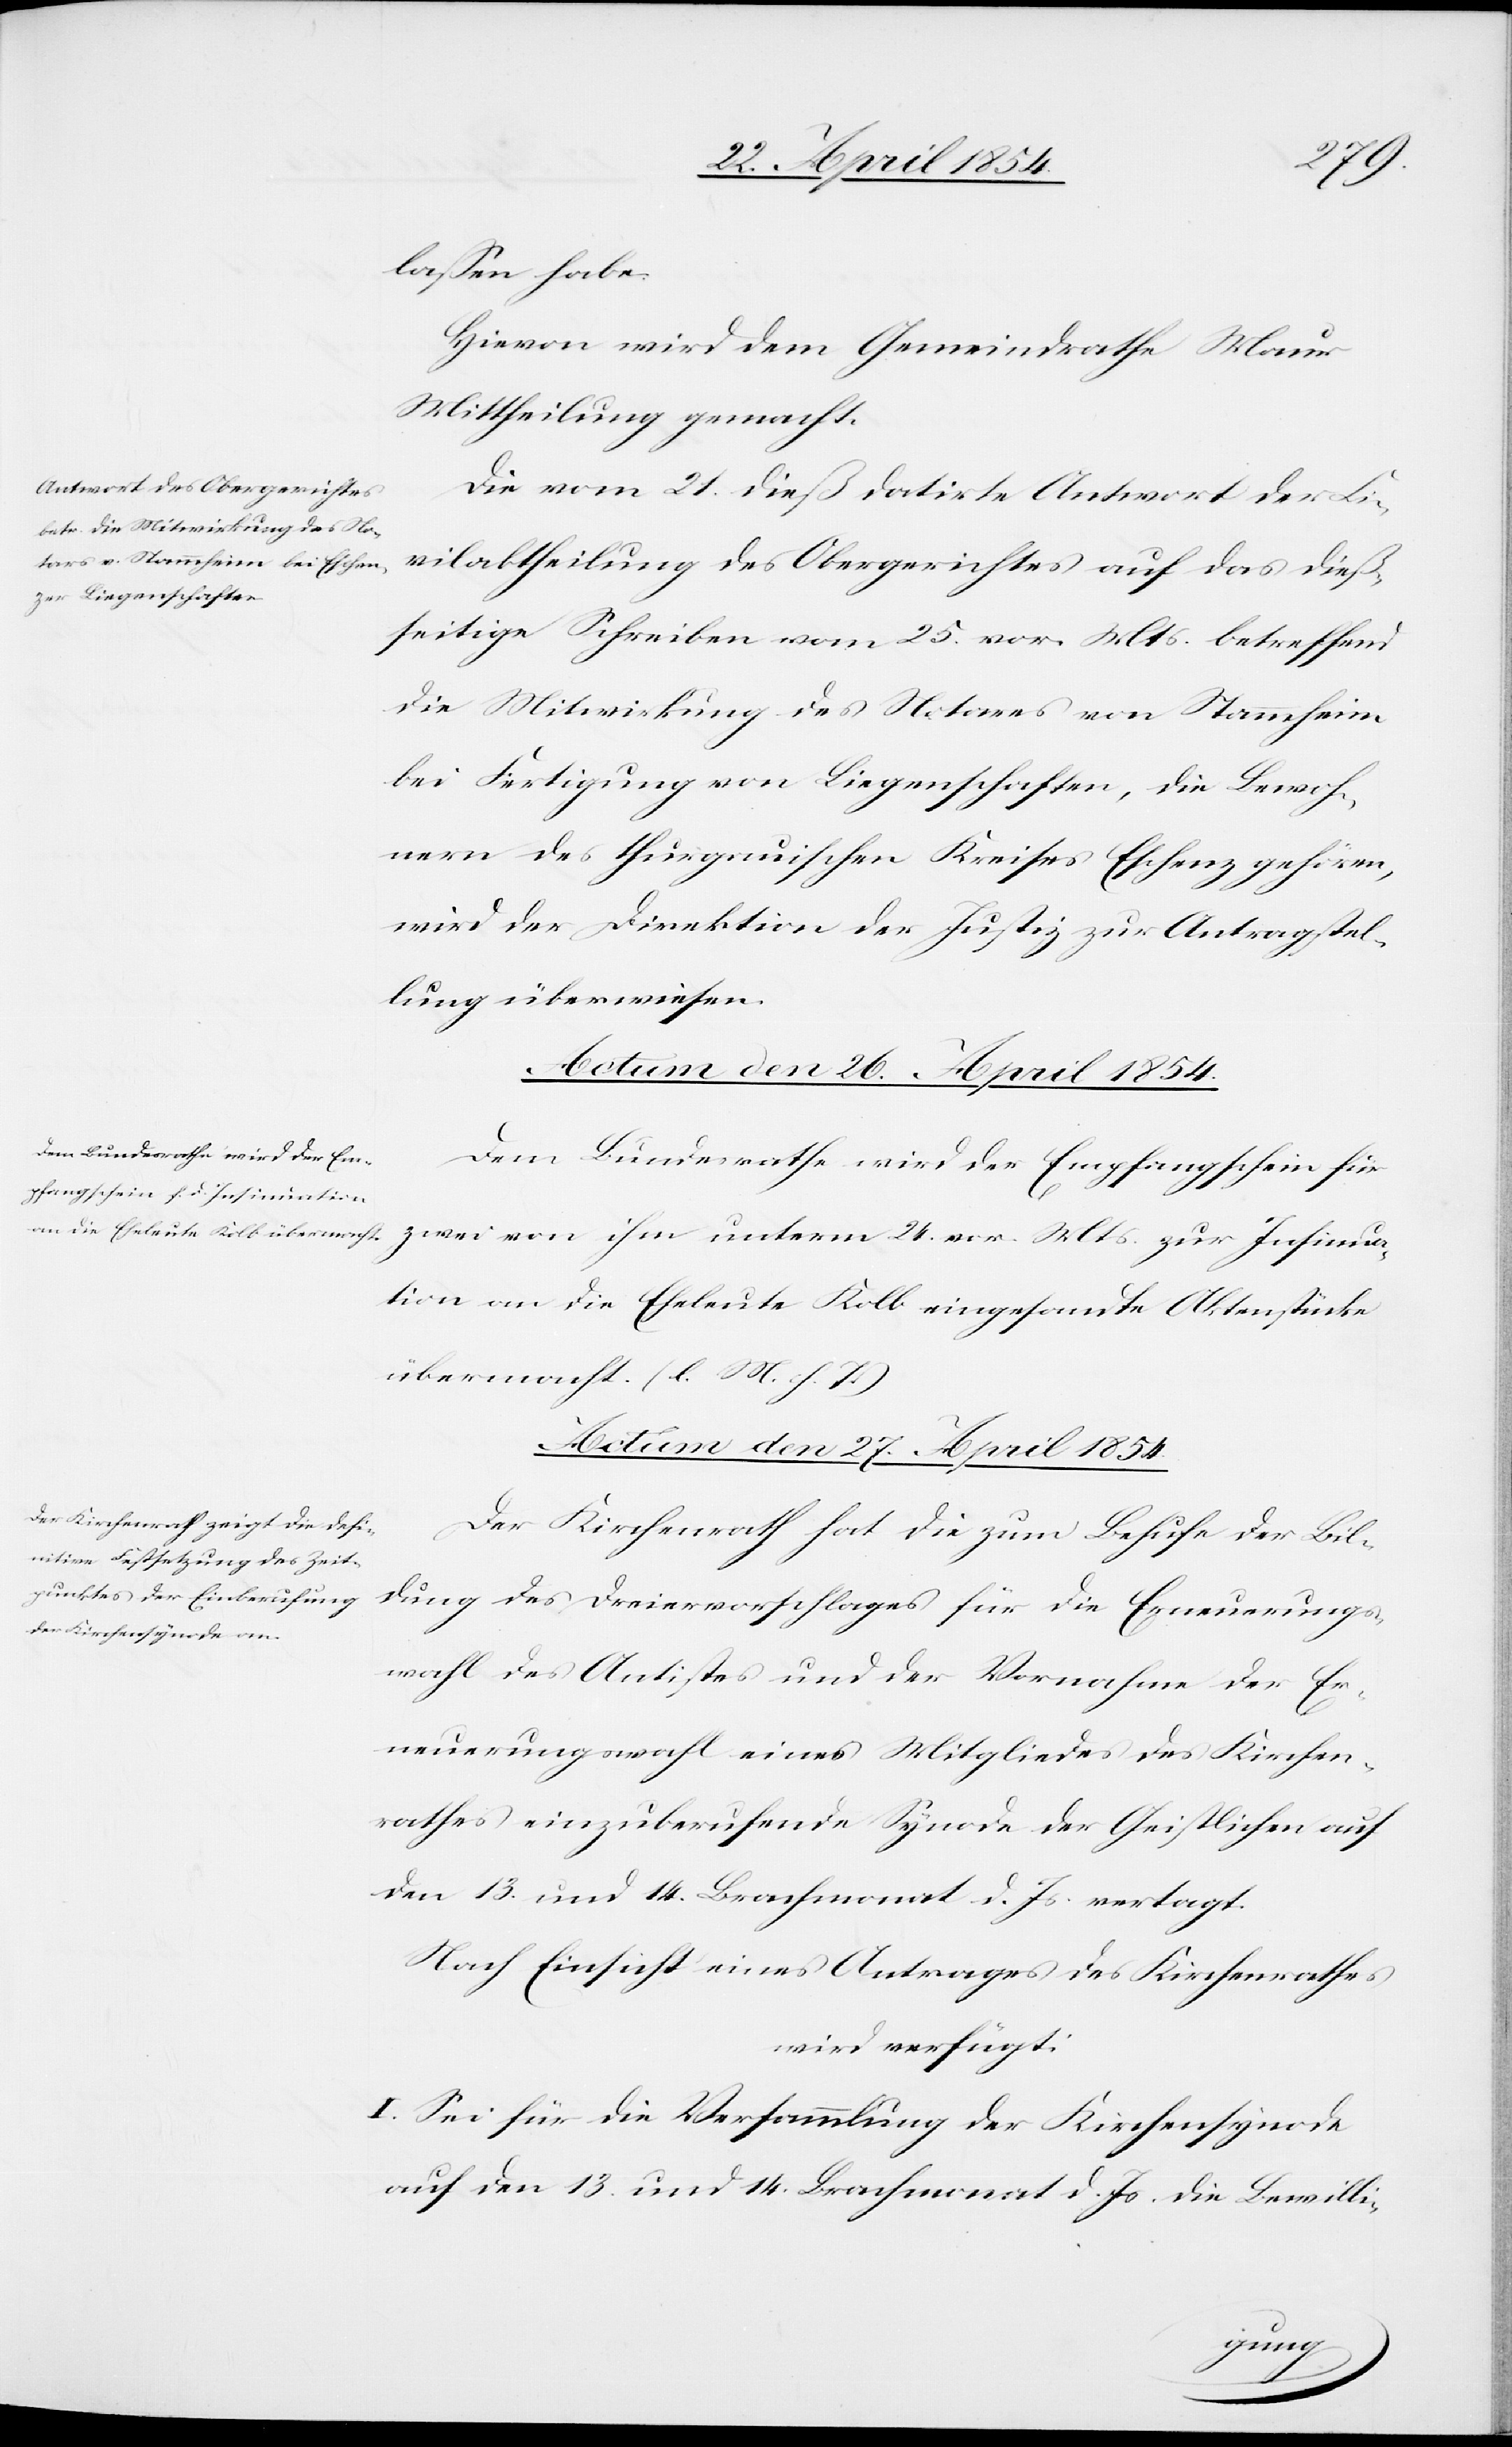
laßen habe.
Hievon wird dem Gemeindrathe Maur
Mittheilung gemacht.
Die vom 21. dieß datirte Antwort der Ci¬
vilabtheilung des Obergerichtes auf das dieß¬
seitige Schreiben vom 25. vor. Mts. betreffend
die Mitwirkung des Notares von Stammheim
bei Fertigung von Liegenschaften, die Bewoh¬
nern des thurgauischen Kreises Eschenz gehören,
wird der Direktion der Justiz zur Antragstel¬
lung überwiesen.
Actum den 26. April 1854.
Dem Bundesrathe wird der Empfangschein für
zwei von ihm unterm 24. vor. Mts. zur Insinua¬
tion an die Eheleute Kolb eingesandte Aktenstücke
übermacht. (l. M. h. T.)
Actum den 27. April 1854.
Der Kirchenrath hat die zum Behufe der Bil¬
dung des Dreiervorschlages für die Erneuerungs¬
wahl des Antistes und der Vornahme der Er¬
neuerungswahl eines Mitgliedes des Kirchen¬
rathes einzuberufende Synode der Geistlichen auf
den 13. und 14. Brachmonat d. Js. vertagt.
Nach Einsicht eines Antrages des Kirchenrathes
wird verfügt:
I. Sei für die Versammlung der Kirchensynode
auf den 13. und 14. Brachmonat d. Js. die Bewilli-